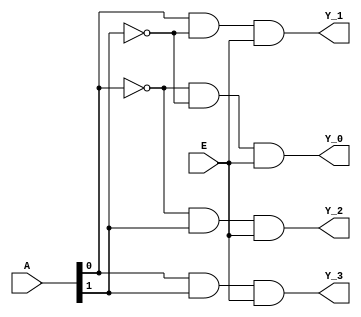
module decoders(A,E,Y_0,Y_1,Y_2,Y_3);

    input [1:0] A;

    input E;

    output Y_0,Y_1,Y_2,Y_3;

    //Defining the combinational logic for the relvent decoder output pins

    assign Y_0 = (~A[0]) & (~A[1]) & (E);

   // assign Y_1 = (~A[0]) & (A[1]) & (E);

    assign Y_1 = (A[0]) & (~A[1]) & (E);

    assign Y_2 = (~A[0]) & (A[1]) & (E);

    assign Y_3 = (A[0]) & (A[1]) & (E);

endmodule